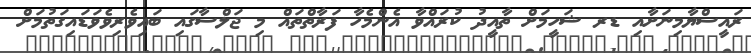
ރައީސްޔާމިނަށާއި ޑރ ޝަހީމަށް ތާއީދު ކުރައްވާ އެންމެހާ ފަރާތްތައް މި ޖަލްސާގައި ބައިވެރިވެވަޑައިގަތުމަށް